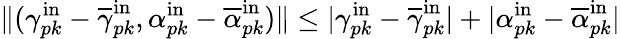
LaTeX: \| (\gamma_{pk}^{\mathrm{in}}-\overline{{\gamma}}_{pk}^{\mathrm{in}},\alpha_{pk}^{\mathrm{in}}-\overline{{\alpha}}_{pk}^{\mathrm{in}})\| \leq|\gamma_{pk}^{\mathrm{in}}-\overline{{\gamma}}_{pk}^{\mathrm{in}}|+|\alpha_{pk}^{\mathrm{in}}-\overline{{\alpha}}_{pk}^{\mathrm{in}}|